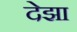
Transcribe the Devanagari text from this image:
देझा